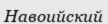
Навоийский